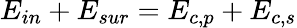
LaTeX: {{E}_{in}}+{{E}_{sur}}={{E}_{c,p}}+{{E}_{c,s}}